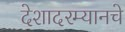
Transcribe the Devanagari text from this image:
देशादरम्यानचे